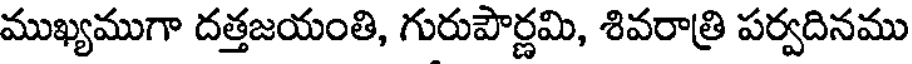
ముఖ్యముగా దత్తజయంతి, గురుపౌర్ణమి, శివరాత్రి పర్వదినము